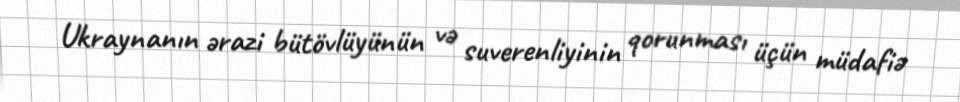
Ukraynanın ərazi bütövlüyünün və suverenliyinin qorunması üçün müdafiə